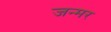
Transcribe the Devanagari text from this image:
जन्मर